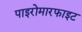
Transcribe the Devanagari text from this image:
पाइरोमारफाइट